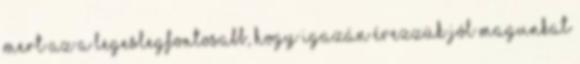
mert az a legeslegfontosabb, hogy igazán érezzük jól magunkat